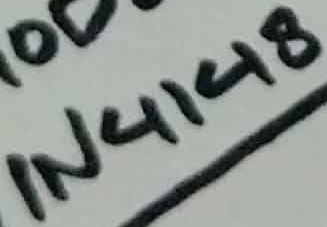
Text: IN4148